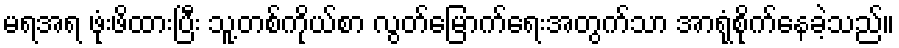
မရအရ ဖုံးဖိထားပြီး သူ့တစ်ကိုယ်စာ လွတ်မြောက်ရေးအတွက်သာ အာရုံစိုက်နေခဲ့သည်။